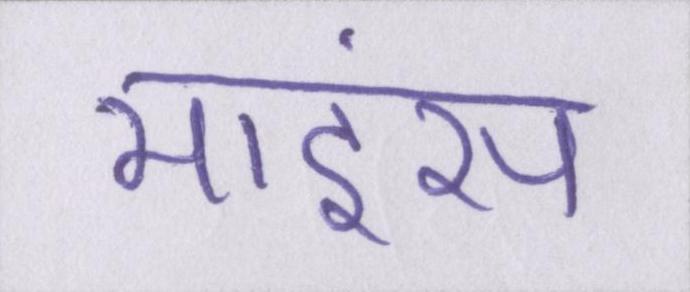
माइंस